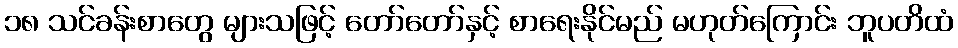
၁၈ သင်ခန်းစာတွေ များသဖြင့် တော်တော်နှင့် စာရေးနိုင်မည် မဟုတ်ကြောင်း ဘူပတိထံ